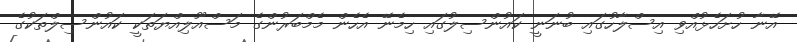
އޭނާ ހުށަހެޅުއްވި އިސްލާހުގައި ބުނަނީ ކައުންސިލުގައި ހިމެނޭ އެހެން މެމްބަރުންގެ މަސްއޫލިއްޔަތަކީ ކައުންސިލްތަކުގެ